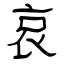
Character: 哀